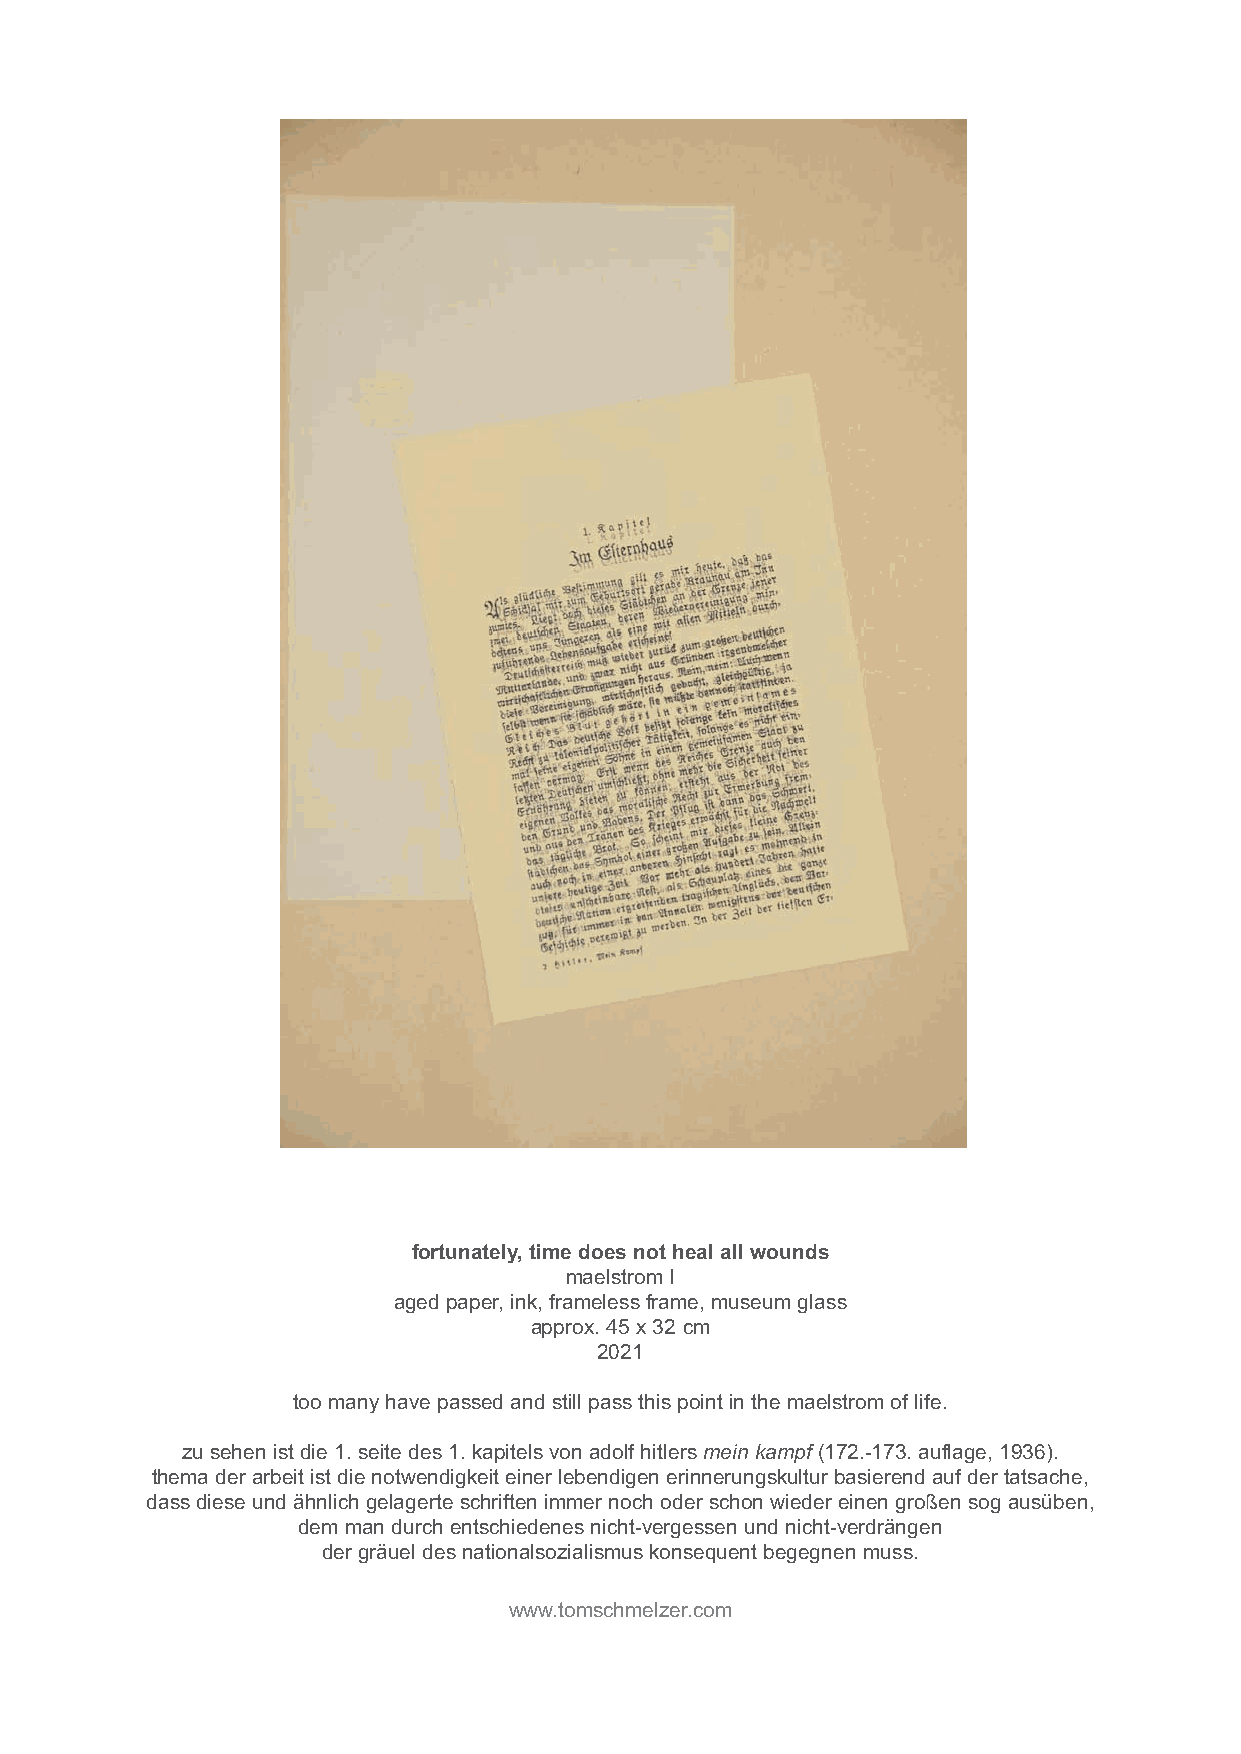
fortunately, time does not heal all wounds
 maelstrom I
 aged paper, ink, frameless frame, museum glass
 approx. 45 x 32 cm
 2021
 too many have passed and still pass this point in the maelstrom of life.
 zu sehen ist die 1. seite des 1. kapitels von adolf hitlers mein kampf (172.-173. auflage, 1936).
 thema der arbeit ist die notwendigkeit einer lebendigen erinnerungskultur basierend auf der tatsache,
 dass diese und ähnlich gelagerte schriften immer noch oder schon wieder einen großen sog ausüben,
 dem man durch entschiedenes nicht-vergessen und nicht-verdrängen
 der gräuel des nationalsozialismus konsequent begegnen muss.
 www.tomschmelzer.com